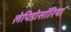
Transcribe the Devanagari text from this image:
लेपिडोसॉरिया